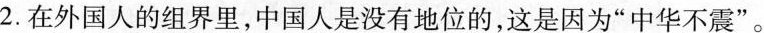
2.在外国人的组界里，中国人是没有地位的，这是因为”中华不震”。